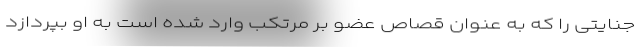
جنایتی را که به عنوان قصاص عضو بر مرتکب وارد شده است به او بپردازد